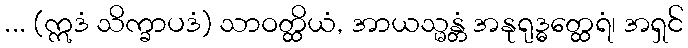
... (ဣဒံ သိက္ခာပဒံ) သာဝတ္ထိယံ, အာယသ္မန္တံ အနုရုဒ္ဓတ္ထေရံ၊ အရှင်